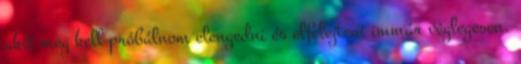
akit meg kell próbálnom elengedni és elfelejteni immár véglegesen.